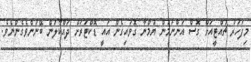
މިފަހަރު ޗުއްޓީއަށް ގޮސް އަންނަމުން ޔުމްނާ ގޮވައިގެން އައީ ޑޮކްޓަރަށް ދައްކާލަން ބޭނުންވެގެންނެވެ.